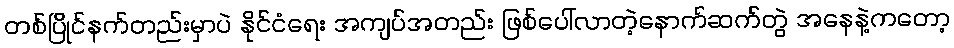
တစ်ပြိုင်နက်တည်းမှာပဲ နိုင်ငံရေး အကျပ်အတည်း ဖြစ်ပေါ်လာတဲ့နောက်ဆက်တွဲ အနေနဲ့ကတော့